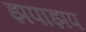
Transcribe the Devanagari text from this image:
झपाझप